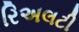
રિઅલટી